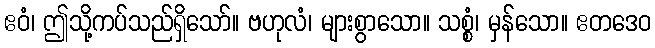
ဧဝံ၊ ဤသို့ကပ်သည်ရှိသော်။ ဗဟုလံ၊ များစွာသော။ သစ္စံ၊ မှန်သော။ ဧတဒေဝ